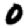
Digit: 0